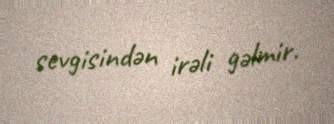
sevgisindən irəli gəlmir.